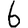
Digit: 6